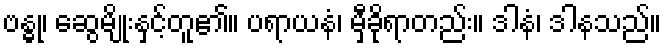
ဗန္ဓု၊ ဆွေမျိုးနှင့်တူ၏။ ပရာယနံ၊ မှီခိုရာတည်း။ ဒါနံ၊ ဒါနသည်။